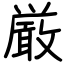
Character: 厳